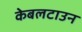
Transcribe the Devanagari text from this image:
केबलटाउन